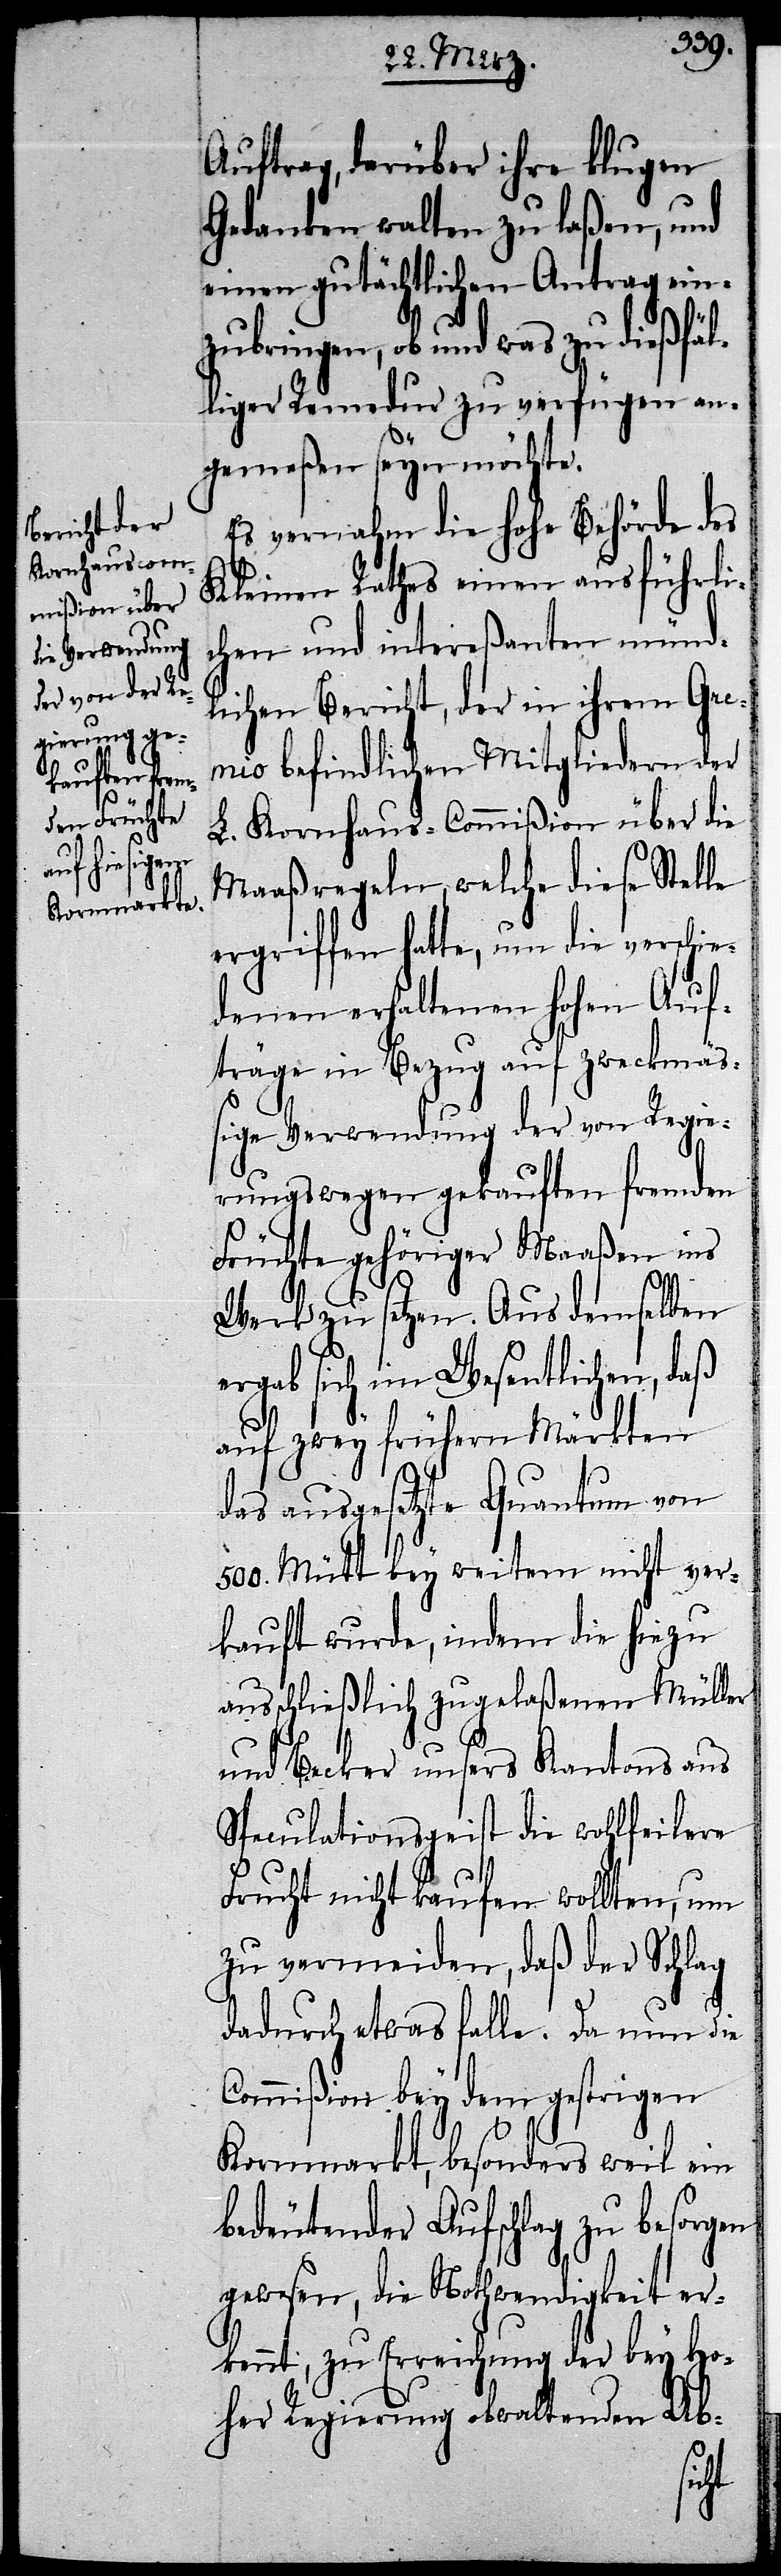
Auftrag, darüber ihre klugen
Gedanken walten zu laßen, und
einen gutächtlichen Antrag ein¬
ringen, ob und was zu dießfäl¬
liger Remedur zu verfügen an¬
gemeßen seyn möchte.
Es vernahm die hohe Behörde des
Kleinen Rathes einen ausführli¬
chen und intereßanten münd¬
lichen Bericht, der in ihrem Gre¬
mio befindlichen Mitgliedern der
L. Kornhaus-Commißion über die
Maaßregeln, welche diese Stelle
ergriffen hatte, um die verschie¬
denen erhaltenen hohen Auf¬
träge in Bezug auf zweckmä¬
ßige Verwendung der von Regie¬
rungswegen gekauften fremden
Früchte gehöriger Maaßen ins
Werk zu setzen. Aus demselben
ergab sich im Wesentlichen, daß
auf zwey frühern Märkten
das ausgesetzte Quantum von
500. Mütt bey weitem nicht ver¬
kauft wurde, indem die hiezu
ausschließlich zugelaßenen Müller
und Becker unsers Kantons aus
Speculationsgeist die wohlfeilere
Frucht nicht kaufen wollten, um
zu vermeiden, daß der Schlag
dadurch etwas falle. Da nun die
Commißion bey dem gestrigen
Kornmarkt, besonders weil ein
bedeutender Aufschlag zu besorgen
gewesen, die Nothwendigkeit er¬
kennt, zu Erreichung der bey Ho¬
her Regierung obwaltenden Ab-
zub¬